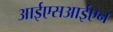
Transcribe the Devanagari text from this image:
आईएसआईएन